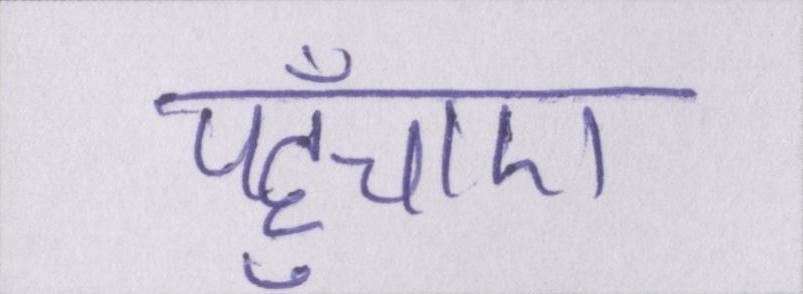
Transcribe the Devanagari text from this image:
पहुँचाए